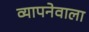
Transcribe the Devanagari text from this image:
व्यापनेवाला